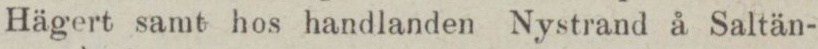
Hägert samt hos handlanden Nystrand å Saltän-